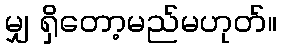
မျှ ရှိတော့မည်မဟုတ်။